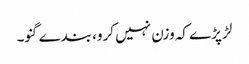
لڑ پڑے کہ وزن نہیں کرو، بندے گنو۔